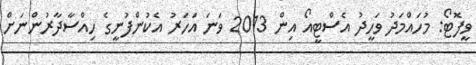
ވީފޮޓޯ: މުހައްމަދު ވަހީދު އެސްޓީއޯ އިން 2013 ވަނަ އަހަރު އެކުންފުނީގެ ހިއްސާދާރުންނަށް